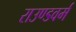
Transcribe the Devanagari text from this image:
राउण्डवर्म